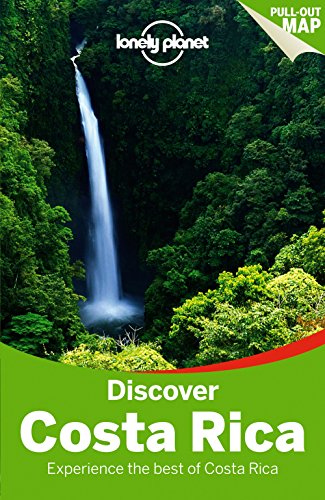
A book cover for Lonely Planet Discover Costa Rica (Travel Guide); Lonely Planet; Sports & Outdoors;